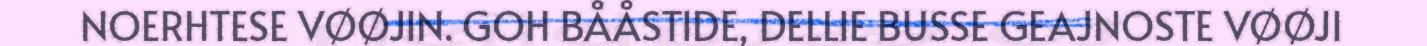
NOERHTESE VØØJIN. GOH BÅÅSTIDE, DELLIE BUSSE GEAJNOSTE VØØJI